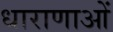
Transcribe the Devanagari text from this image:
धाराणाआें